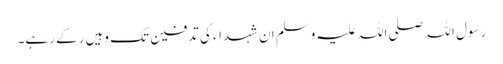
رسول اللہ صلی اللہ علیہ وسلم ان شہداء کی تدفین تک وہیں رکے رہے۔